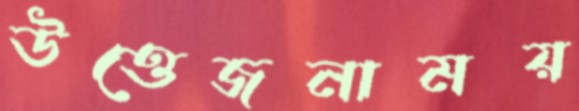
উত্তেজনাময়